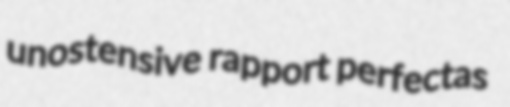
unostensive rapport perfectas